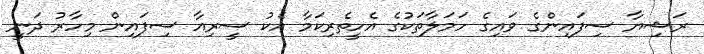
ރަޝިޔާ ސިފައިންގެ ވައިގެ ހަމަލާތަކުގެ އެހީތެރިކަމާ އެކު ސީރިއާ ސިފައިން މިހާރު ދަނީ